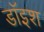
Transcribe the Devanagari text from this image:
डॉइश